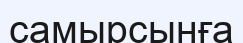
самырсынға